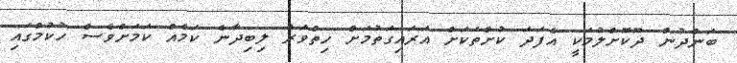
ބަންދުން ދޫކޮށްލުމަކީ އެފަދަ ކުށްތަކަށް އަރައިގަތުމަށް ހިތްވަރު ލިބިދާނެ ކަމެއް ކަމަށްވެސް ހުކުމްގައި